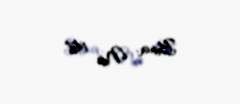
Bina: № 147